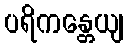
ပရိကန္တေယျ